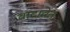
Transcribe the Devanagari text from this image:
वाटावेत